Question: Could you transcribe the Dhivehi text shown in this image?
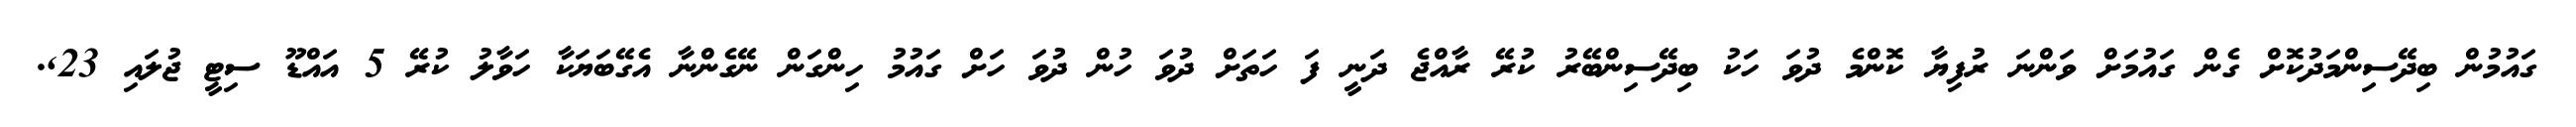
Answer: ގައުމުން ބިދޭސިންމަދުކޮށް ގެން ގައުމަށް ވަންނަ ރުފިޔާ ކޮންމެ ދުވަ ހަކު ބިދޭސިންބޭރު ކުރޭ ރާއްޖެ ދަނީ ފަ ހަތަށް ދުވަ ހުން ދުވަ ހަށް ގައުމު ހިންގަން ނޭގެންނާ އެގޭބަޔަކާ ހަވާލު ކުރޭ 5 އައްޑޫ ސިޓީ ޖުލައި 23,.